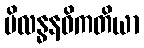
ပိလန္ဓနဝိကတိယာ